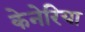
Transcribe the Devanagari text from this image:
केनेरिया